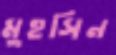
মুহসিন